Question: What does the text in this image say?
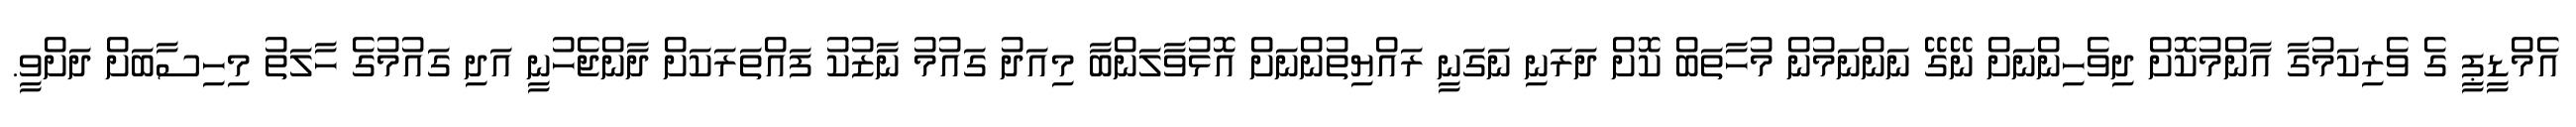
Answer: އެމްޑީޕީ ގެ ވެރިކަމުގާ އާންމުކޮށް ދިވެހިންނަށް ނޭގޭ ނަންނަމުން މުހާތަބް ކޮށް ދަރަނި ނަގަނީ ރައްޔިތުންނަށް އޮޅުވާލަންބާ މިއަދު ގައުމު ނާޒުކު ފައްތަރަކަށް ދާންޖެހުނީ އަދި ގައުމުގެ ހާލަތު މިހިސާބަށް ދަށްވީ.